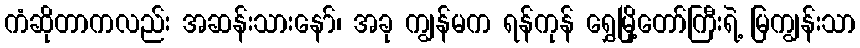
ကံဆိုတာကလည်း အဆန်းသားနော်၊ အခု ကျွန်မက ရန်ကုန် ရွှေမြို့တော်ကြီးရဲ့ မြကျွန်းသာ